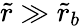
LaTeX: \tilde{r}\gg\tilde{r}_{b}